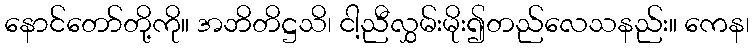
နောင်တော်တို့ကို။ အဘိတိဋ္ဌသိ၊ ငါ့ညီလွှမ်းမိုး၍တည်လေသနည်း။ ကေန၊